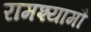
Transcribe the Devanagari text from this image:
रामश्यामौ